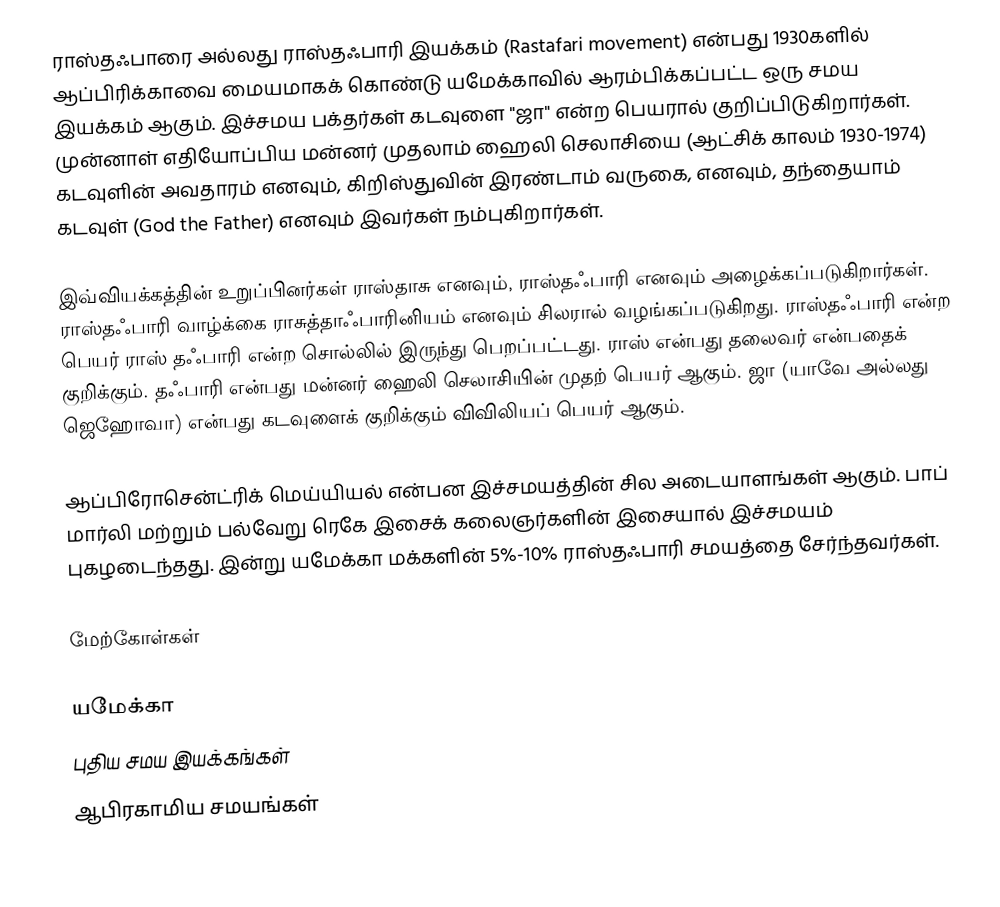
ராஸ்தஃபாரை அல்லது ராஸ்தஃபாரி இயக்கம் (Rastafari movement) என்பது 1930களில் ஆப்பிரிக்காவை மையமாகக் கொண்டு யமேக்காவில் ஆரம்பிக்கப்பட்ட ஒரு சமய இயக்கம் ஆகும். இச்சமய பக்தர்கள் கடவுளை "ஜா" என்ற பெயரால் குறிப்பிடுகிறார்கள். முன்னாள் எதியோப்பிய மன்னர் முதலாம் ஹைலி செலாசியை (ஆட்சிக் காலம் 1930-1974) கடவுளின் அவதாரம் எனவும், கிறிஸ்துவின் இரண்டாம் வருகை, எனவும், தந்தையாம் கடவுள் (God the Father) எனவும் இவர்கள் நம்புகிறார்கள்.

இவ்வியக்கத்தின் உறுப்பினர்கள் ராஸ்தாசு எனவும், ராஸ்தஃபாரி எனவும் அழைக்கப்படுகிறார்கள். ராஸ்தஃபாரி வாழ்க்கை ராசுத்தாஃபாரினியம் எனவும் சிலரால் வழங்கப்படுகிறது. ராஸ்தஃபாரி என்ற பெயர் ராஸ் தஃபாரி என்ற சொல்லில் இருந்து பெறப்பட்டது. ராஸ் என்பது தலைவர் என்பதைக் குறிக்கும். தஃபாரி என்பது மன்னர் ஹைலி செலாசியின் முதற் பெயர் ஆகும். ஜா (யாவே அல்லது ஜெஹோவா) என்பது கடவுளைக் குறிக்கும் விவிலியப் பெயர் ஆகும்.

ஆப்பிரோசென்ட்ரிக் மெய்யியல் என்பன இச்சமயத்தின் சில அடையாளங்கள் ஆகும். பாப் மார்லி மற்றும் பல்வேறு ரெகே இசைக் கலைஞர்களின் இசையால் இச்சமயம் புகழடைந்தது. இன்று யமேக்கா மக்களின் 5%-10% ராஸ்தஃபாரி சமயத்தை சேர்ந்தவர்கள்.

மேற்கோள்கள்

யமேக்கா
புதிய சமய இயக்கங்கள்
ஆபிரகாமிய சமயங்கள்